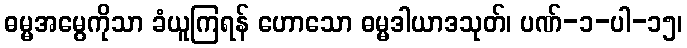
ဓမ္မအမွေကိုသာ ခံယူကြရန် ဟောသော ဓမ္မဒါယာဒသုတ်၊ ပဏ်-၁-ပါ-၁၅၊